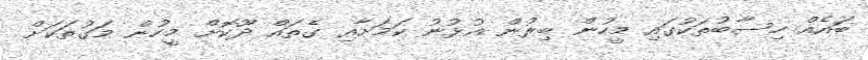
ބައެއް ހިސާބުތަކުގައި މީހުން ބިރުން އުޅުނު ކަމަށާއި ގެތައް ދޫކޮށް މީހުން މަގުތަކަށް